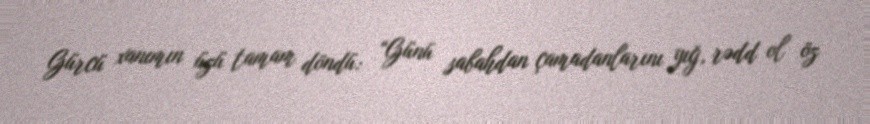
Gürcü xanımın üzü tamam döndü: “Günü sabahdan çamadanlarını yığ, rədd ol öz